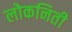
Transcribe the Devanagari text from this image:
लोकनिती